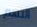
التهم